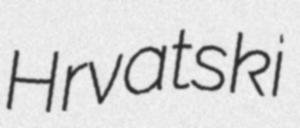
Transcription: Hrvatski